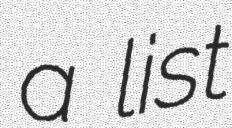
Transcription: a list